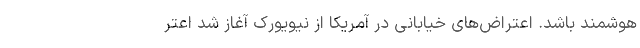
هوشمند باشد. اعتراض‌های خیابانی در آمریکا از نیویورک آغاز شد اعتر